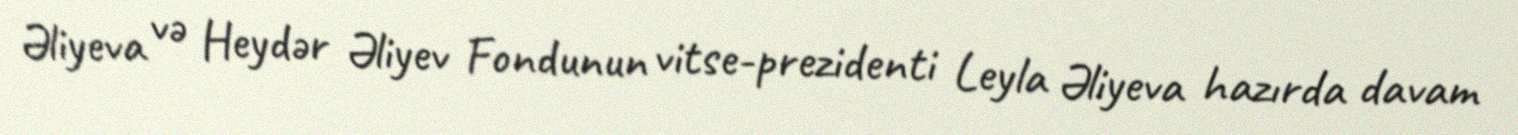
Əliyeva və Heydər Əliyev Fondunun vitse-prezidenti Leyla Əliyeva hazırda davam